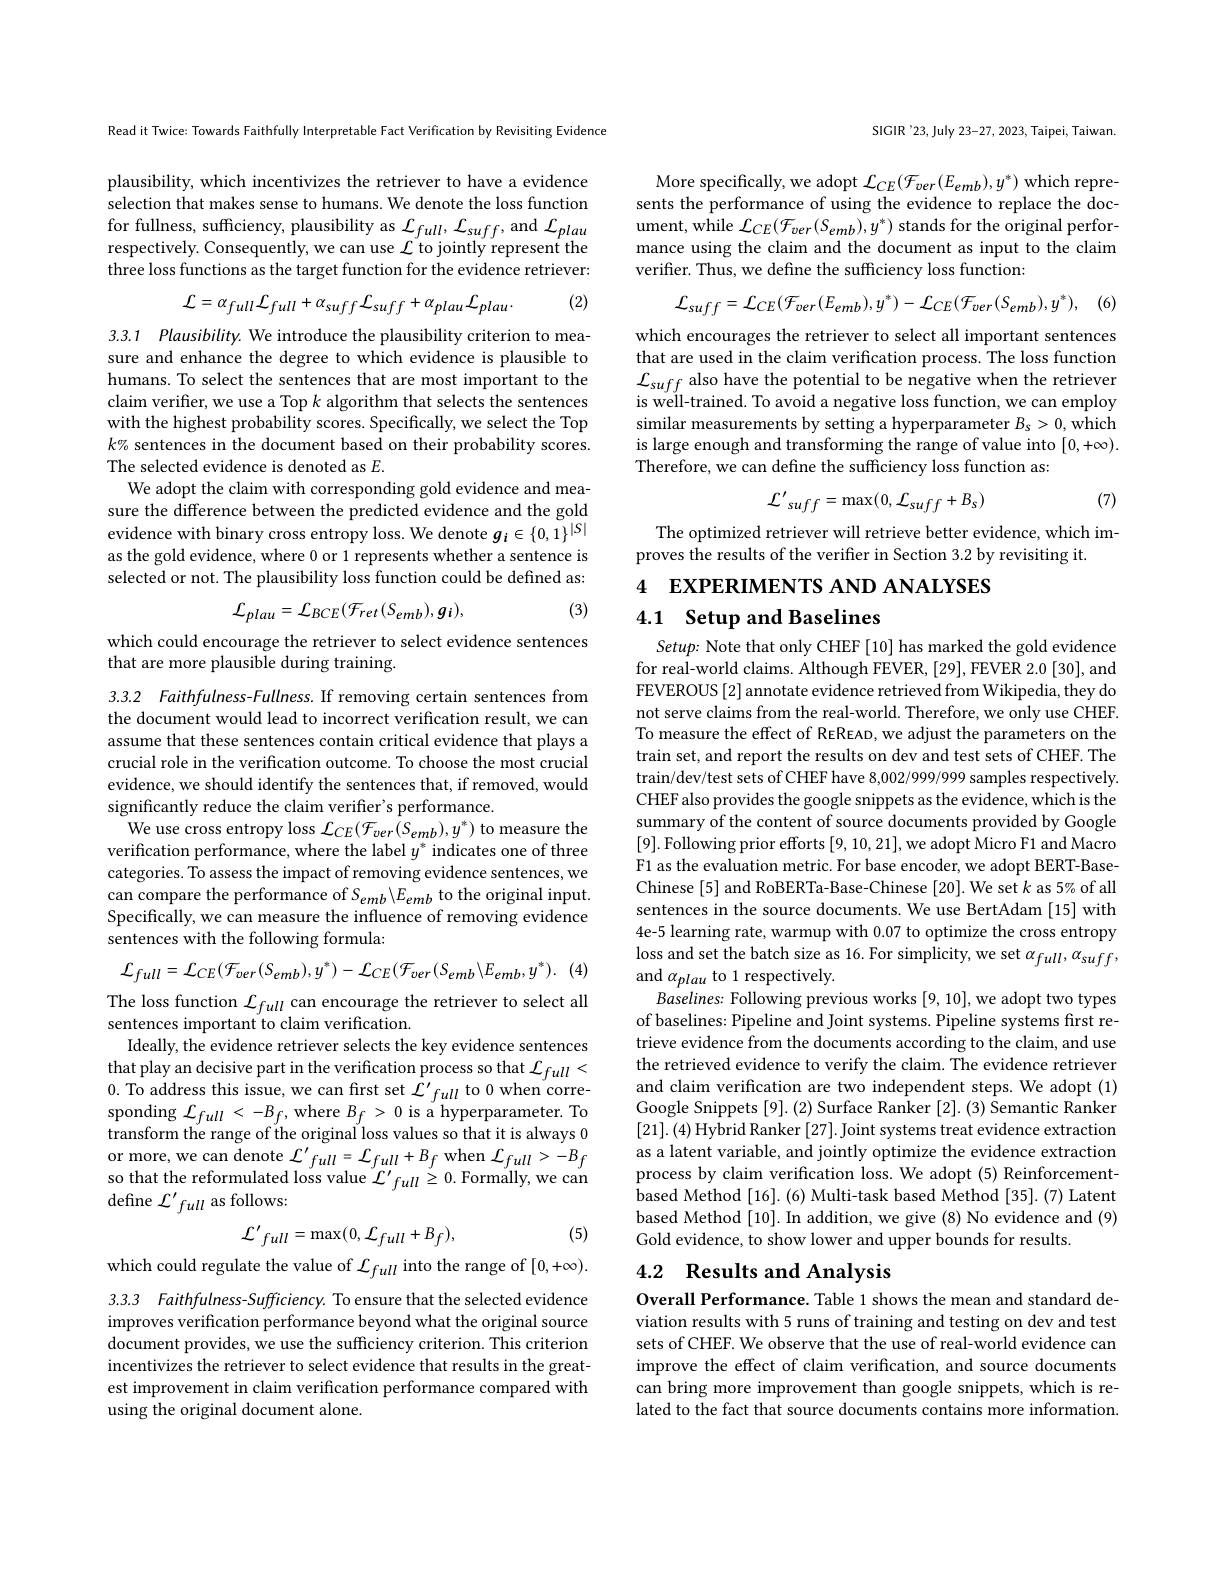
Read it Twice: Towards Faithfully Interpretable Fact Verification by Revisiting Evidence

plausibility, which incentivizes the retriever to have a evidence selection that makes sense to humans. We denote the loss function for fullness, sufficiency, plausibility as $\mathcal{L}_full,\mathcal{L}_{suff}$, and $\mathcal{L}_{plau}$ respectively. Consequently, we can use $\mathcal{L}$ to jointly represent the three loss functions as the target function for the evidence retriever:

(2)
$${\mathcal L}=\alpha_{full}{\mathcal L}_{full}+\alpha_{suff}{\mathcal L}_{suff}+\alpha_{plau}{\mathcal L}_{plau}.$$
3.3.1 Plausibility. We introduce the plausibility criterion to mea-

sure and enhance the degree to which evidence is plausible to humans. To select the sentences that are most important to the claim verifer, we use a Top $k$ algorithm that selects the sentences with the highest probability scores. Specifically, we select the Top $k\%$ sentences in the document based on their probability scores. The selected evidence is denoted as $E.$
We adopt the claim with corresponding gold evidence and measure the difference between the predicted evidence and the gold evidence with binary cross entropy loss. We denote $g_i\in\{0,1\}^{|S|}$ as the gold evidence, where 0 or 1 represents whether a sentence is selected or not. The plausibility loss function could be defined as:
$$\mathcal{L}_{plau}=\mathcal{L}_{BCE}(\mathcal{F}_{ret}(S_{emb}),g_{i}),$$
(3)

which could encourage the retriever to select evidence sentences
that are more plausible during training.

3.3.2 Faithfulness-Fullness. If removing certain sentences from the document would lead to incorrect verification result, we can assume that these sentences contain critical evidence that plays a crucial role in the verification outcome. To choose the most crucial evidence, we should identify the sentences that, if removed, would significantly reduce the claim verifier's performance.
We use cross entropy loss $\mathcal{L}_CE(\mathcal{F}_{ver}(S_{emb}),y^{*})$ to measure the verification performance, where the label $y^*$ indicates one of three categories. To assess the impact of removing evidence sentences, we can compare the performance of $S_{emb}\backslash E_{emb}$ to the original input. Specifically, we can measure the influence of removing evidence sentences with the following formula:

(4)
$$\mathcal{L}_{full}=\mathcal{L}_{CE}(\mathcal{F}_{ver}(S_{emb}),y^{*})-\mathcal{L}_{CE}(\mathcal{F}_{ver}(S_{emb}\backslash E_{emb},y^{*}).$$
The loss function $\mathcal{L}_full$ can encourage the retriever to select all
sentences important to claim verification.
Ideally, the evidence retriever selects the key evidence sentences that play an decisive part in the verification process so that $\mathcal{L}_{full}<$ 0. To address this issue, we can first set $\mathcal{L}^\prime full$ to 0 when corresponding $\mathcal{L}_full<-B_f$,where $B_f>0$ is a hyperparameter. To transform the range of the original loss values so that it is always 0 or more, we can denote $\mathcal{L}^\prime full=\mathcal{L}_{full}+B_f$ when $\mathcal{L}_full>-B_f$ so that the reformulated loss value $\mathcal{L}^\prime full\geq0.$ Formally, we can define $\mathcal{L}^\prime full$ as follows:
$${\mathcal L}^{\prime}{}_{full}=\max(0,{\mathcal L}_{full}+B_{f}),$$
(5)

which could regulate the value of $\mathcal{L}_full$ into the range of $[0,+\infty).$

3.3.3 Faithfulness-Sufficiency. To ensure that the selected evidence improves verification performance beyond what the original source document provides, we use the sufficiency criterion. This criterion incentivizes the retriever to select evidence that results in the greatest improvement in claim verification performance compared with using the original document alone.

SIGIR'23, July 23-27, 2023, Taipei, Taiwan.

More specifically, we adopt $\mathcal{L}_CE(\mathcal{F}_{ver}(E_{emb}),y^{*})$ which represents the performance of using the evidence to replace the document, while $\mathcal{L}_CE(\mathcal{F}_{ver}(S_{emb}),y^{*})$ stands for the original performance using the claim and the document as input to the claim verifier. Thus, we define the sufficiency loss function:

(6)
$$\mathcal{L}_{suff}=\mathcal{L}_{CE}(\mathcal{F}_{ver}(E_{emb}),y^{*})-\mathcal{L}_{CE}(\mathcal{F}_{ver}(S_{emb}),y^{*}),$$
which encourages the retriever to select all important sentences that are used in the claim verification process. The loss function $\mathcal{L}_{suff}$ also have the potential to be negative when the retriever is well-trained. To avoid a negative loss function, we can employ similar measurements by setting a hyperparameter $B_s>0$, which is large enough and transforming the range of value into $[0,+\infty).$ Therefore, we can define the sufficiency loss function as:

(7)
$${\mathcal L}^{\prime}{}_{suff}=\max(0,{\mathcal L}_{suff}+B_{s})$$
The optimized retriever will retrieve better evidence, which im-
proves the results of the verifier in Section 3.2 by revisiting it.

4 EXPERIMENTS AND ANALYSES
## 4.1 Setup and Baselines

Setup: Note that only CHEF [10] has marked the gold evidence for real-world claims. Although FEVER, [29], FEVER 2.0 [30], and FEVEROUS [2] annotate evidence retrieved from Wikipedia, they do not serve claims from the real-world. Therefore, we only use CHEF. To measure the effect of REREAD, we adjust the parameters on the train set, and report the results on dev and test sets of CHEF. The train/dev/test sets of CHEF have 8,002/999/999 samples respectively. CHEF also provides the google snippets as the evidence, which is the summary of the content of source documents provided by Google [9]. Following prior efforts [9,10,21],we adopt Micro F1 and Macro F1 as the evaluation metric. For base encoder, we adopt BERT-BaseChinese [5] and RoBERTa-Base-Chinese [20]. We set k as 5% of all sentences in the source documents. We use BertAdam [15] with 4e-5 learning rate, warmup with 0.07 to optimize the cross entropy $\operatorname*{loss}$ and set the batch size as 16. For simplicity, we set $\alpha_full,\alpha_{suff}$, and $\alpha_{plau}$ to 1 respectively.
Baselines: Following previous works [9,10],we adopt two types of baselines: Pipeline and Joint systems. Pipeline systems first retrieve evidence from the documents according to the claim, and use the retrieved evidence to verify the claim. The evidence retriever and claim verification are two independent steps. We adopt (1) Google Snippets [9]. (2) Surface Ranker [2]. (3) Semantic Ranker [21].(4) Hybrid Ranker [27]. Joint systems treat evidence extraction as a latent variable, and jointly optimize the evidence extraction process by claim verification loss. We adopt (5) Reinforcementbased Method [16]. (6) Multi-task based Method [35]. (7) Latent based Method [10]. In addition, we give (8) No evidence and (9) Gold evidence, to show lower and upper bounds for results.

## 4.2 Results and Analysis

Overall Performance. Table 1 shows the mean and standard deviation results with 5 runs of training and testing on dev and test sets of CHEF. We observe that the use of real-world evidence can improve the effect of claim verification, and source documents can bring more improvement than google snippets, which is related to the fact that source documents contains more information.